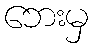
ဘေးမှ